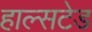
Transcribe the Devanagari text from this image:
हाल्सटेड